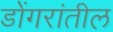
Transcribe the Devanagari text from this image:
डोंगरांतील